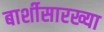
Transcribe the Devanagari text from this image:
बार्शीसारख्या